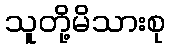
သူတို့မိသားစု